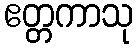
ဧတ္တကာသု